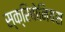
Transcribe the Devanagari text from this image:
स्क्रिबोनियस